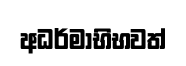
අධර්මාභිභවත්